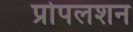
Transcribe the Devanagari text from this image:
प्रोपलशन